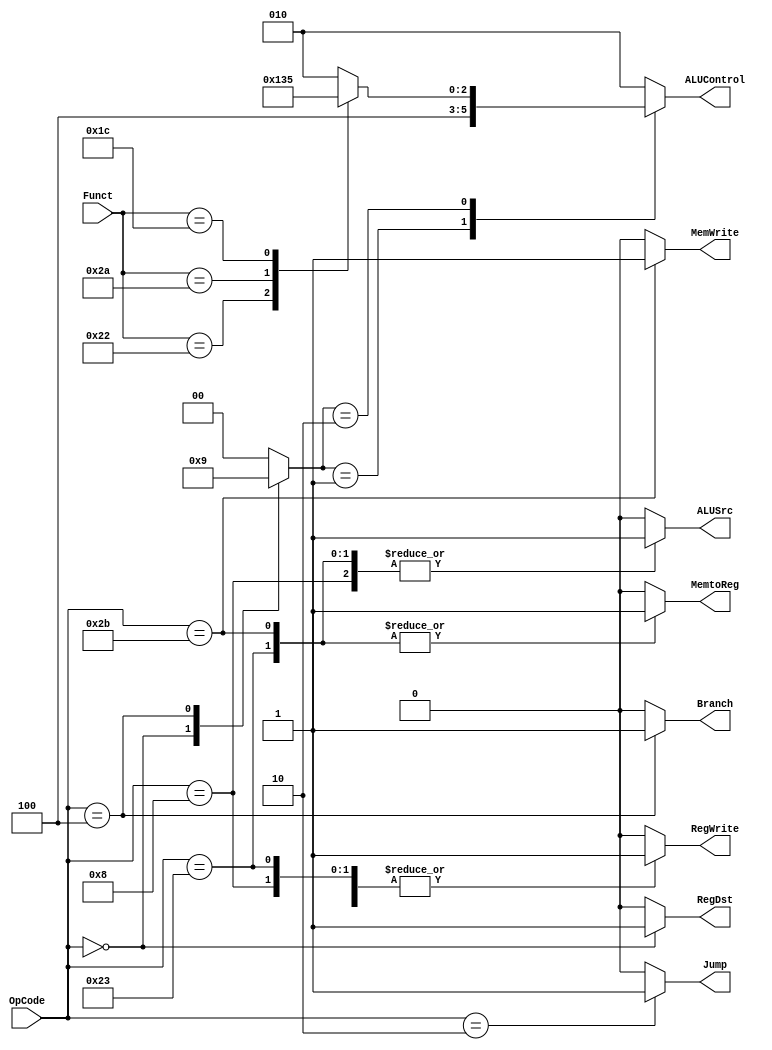
module Control_Unit (
    input wire[5:0] OpCode, Funct,
    output reg Jump,MemtoReg,MemWrite,Branch,ALUSrc,RegDst,RegWrite,
    output reg [2:0] ALUControl
);
    

reg [1:0] ALUOP;


always @(*) 
    begin
    
    case(OpCode)

    6'b10_0011 : 

        begin 
        Jump = 1'b0;
        ALUOP = 2'b00;
        MemWrite = 1'b0;
        RegWrite = 1'b1;
        RegDst = 1'b0;
        ALUSrc = 1'b1;
        MemtoReg = 1'b1;
        Branch = 1'b0;
        end
    6'b10_1011 : 

        begin 
        Jump = 1'b0;
        ALUOP = 2'b00;
        MemWrite = 1'b1;
        RegWrite = 1'b0;
        RegDst = 1'b0;
        ALUSrc = 1'b1;
        MemtoReg = 1'b1;
        Branch = 1'b0;
        end
    
    6'b00_0000 : 

        begin 
        Jump = 1'b0;
        ALUOP = 2'b10;
        MemWrite = 1'b0;
        RegWrite = 1'b1;
        RegDst = 1'b1;
        ALUSrc = 1'b0;
        MemtoReg = 1'b0;
        Branch = 1'b0;
        end

    6'b00_1000 : 

        begin 
        Jump = 1'b0;
        ALUOP = 2'b00;
        MemWrite = 1'b0;
        RegWrite = 1'b1;
        RegDst = 1'b0;
        ALUSrc = 1'b1;
        MemtoReg = 1'b0;
        Branch = 1'b0;
        end
    
    6'b00_0100 : 

        begin 
        Jump = 1'b0;
        ALUOP = 2'b01;
        MemWrite = 1'b0;
        RegWrite = 1'b0;
        RegDst = 1'b0;
        ALUSrc = 1'b0;
        MemtoReg = 1'b0;
        Branch = 1'b1;
        end

    6'b00_0010 : 

        begin 
        Jump = 1'b1;
        ALUOP = 2'b00;
        MemWrite = 1'b0;
        RegWrite = 1'b0;
        RegDst = 1'b0;
        ALUSrc = 1'b0;
        MemtoReg = 1'b0;
        Branch = 1'b0;
        end    

    default : 

        begin 
        Jump = 1'b0;
        ALUOP = 2'b00;
        MemWrite = 1'b0;
        RegWrite = 1'b0;
        RegDst = 1'b0;
        ALUSrc = 1'b0;
        MemtoReg = 1'b0;
        Branch = 1'b0;
        end   
    endcase
    end


    always @(*)
    
     begin
        
    case(ALUOP)

    2'b00:
    ALUControl = 3'b010;

    2'b01:
    ALUControl = 3'b100;

    2'b10:
        begin
        case(Funct)

        6'b10_0000: ALUControl = 3'b010;
        6'b10_0010: ALUControl = 3'b100;
        6'b10_1010: ALUControl = 3'b110;
        6'b01_1100: ALUControl = 3'b101;

        default:
        ALUControl = 3'b010;

 
        endcase
        end

    default:
    ALUControl = 3'b010;

        endcase
     end



endmodule